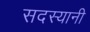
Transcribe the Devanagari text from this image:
सदस्यानी